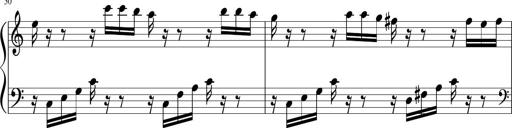
Title: Sonatina di Santa Gemma, JKB 12
Composer: Jason Baruk
Key: F major